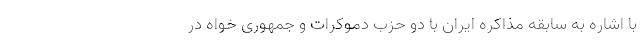
با اشاره به سابقه مذاکره ایران با دو حزب دموکرات و جمهوری خواه در